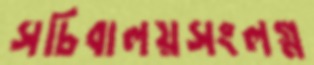
সচিবালয়সংলগ্ন